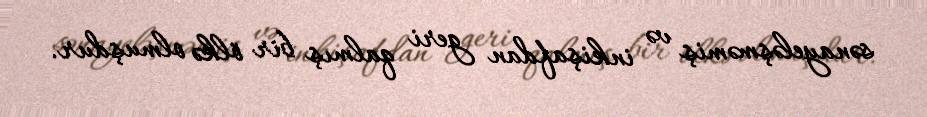
sənayeləşməmiş və inkişafdan geri qalmış bir ölkə olmuşdur.